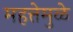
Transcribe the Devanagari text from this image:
महत्तेमुळे